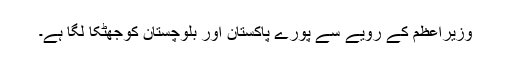
وزیراعظم کے رویے سے پورے پاکستان اور بلوچستان کوجھٹکا لگا ہے۔